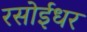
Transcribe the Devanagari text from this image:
रसोईधर